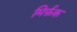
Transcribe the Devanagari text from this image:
मिर्फ़क